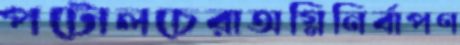
পটোলচেরাঅগ্নিনির্বাপণ